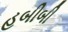
હબીબી